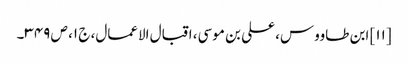
[۱۱] ابن طاووس، علی بن موسی، اقبال الاعمال، ج ۱، ص ۳۴۹۔